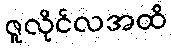
ဇူလိုင်လအထိ